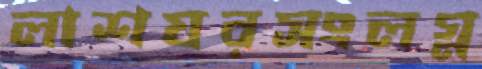
লাশঘরসংলগ্ন